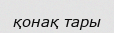
қонақ тары